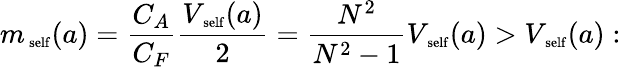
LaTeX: m_{\mathrm{\scriptsize~self}}(a)=\frac{C_{A}}{C_{F}}\frac{V_{\mathrm{\scriptsize~self}}(a)}{2}=\frac{N^{2}}{N^{2}-1}V_{\mathrm{\scriptsize~self}}(a)>V_{\mathrm{\scriptsize~self}}(a):